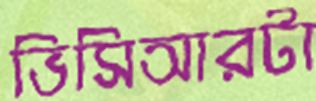
ভিসিআরটা